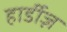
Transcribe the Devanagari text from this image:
हार्डीज़